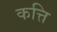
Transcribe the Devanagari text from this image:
कत्ति